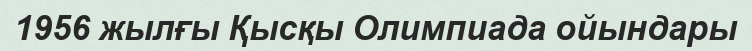
1956 жылғы Қысқы Олимпиада ойындары